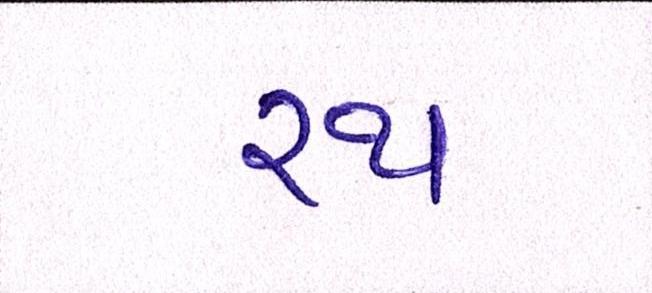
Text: રથ